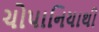
ચોપાનિયાથી